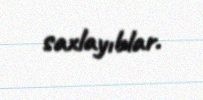
saxlayıblar.